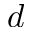
d